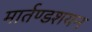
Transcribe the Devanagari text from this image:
मार्तण्डशयन